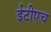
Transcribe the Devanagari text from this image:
ईटीएच